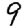
Digit: 9